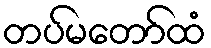
တပ်မတော်ထံ